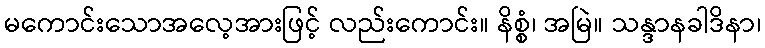
မကောင်းသောအလေ့အားဖြင့် လည်းကောင်း။ နိစ္စံ၊ အမြဲ။ သန္ဒာနခါဒိနာ၊